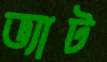
ভ্যাট